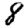
Digit: 8